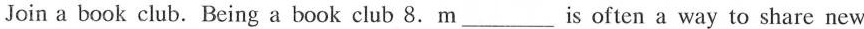
Join a book club. Being a book club 8. m___ is often a way to share new